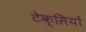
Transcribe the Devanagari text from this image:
टेक्सियों